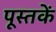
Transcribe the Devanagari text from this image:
पूस्‍तकें